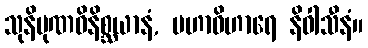
သုနိပုဏဝိနိစ္ဆယာနံ, မဟာဝိဟာရေ နိဝါသီနံ။